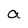
Character: a